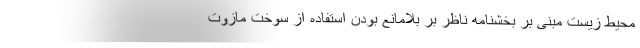
محیط زیست مبنی بر بخشنامه ناظر بر بلامانع بودن استفاده از سوخت مازوت